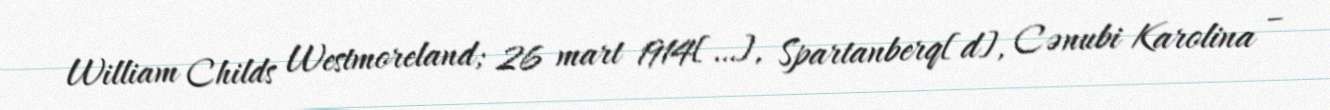
William Childs Westmoreland; 26 mart 1914[…], Spartanberq[d], Cənubi Karolina –